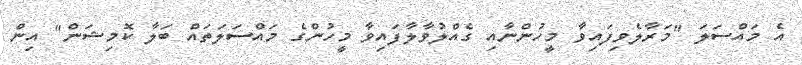
އެ މައްސަލަ "މަރާލެވިފައިވާ މީހުންނާއި ގެއްލުވާލާފައިވާ މީހުންގެ މައްސަލަތައް ބަލާ ކޮމިޝަން" އިން